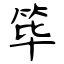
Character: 筚